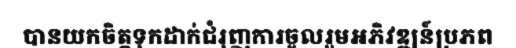
បានយកចិត្តទុកដាក់ជំរុញការចូលរួមអភិវឌ្ឍន៍ប្រភព